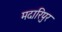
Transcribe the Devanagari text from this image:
मदारिपुर